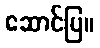
ဆောင်ပြ။